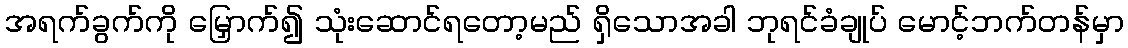
အရက်ခွက်ကို မြှောက်၍ သုံးဆောင်ရတော့မည် ရှိသောအခါ ဘုရင်ခံချုပ် မောင့်ဘက်တန်မှာ